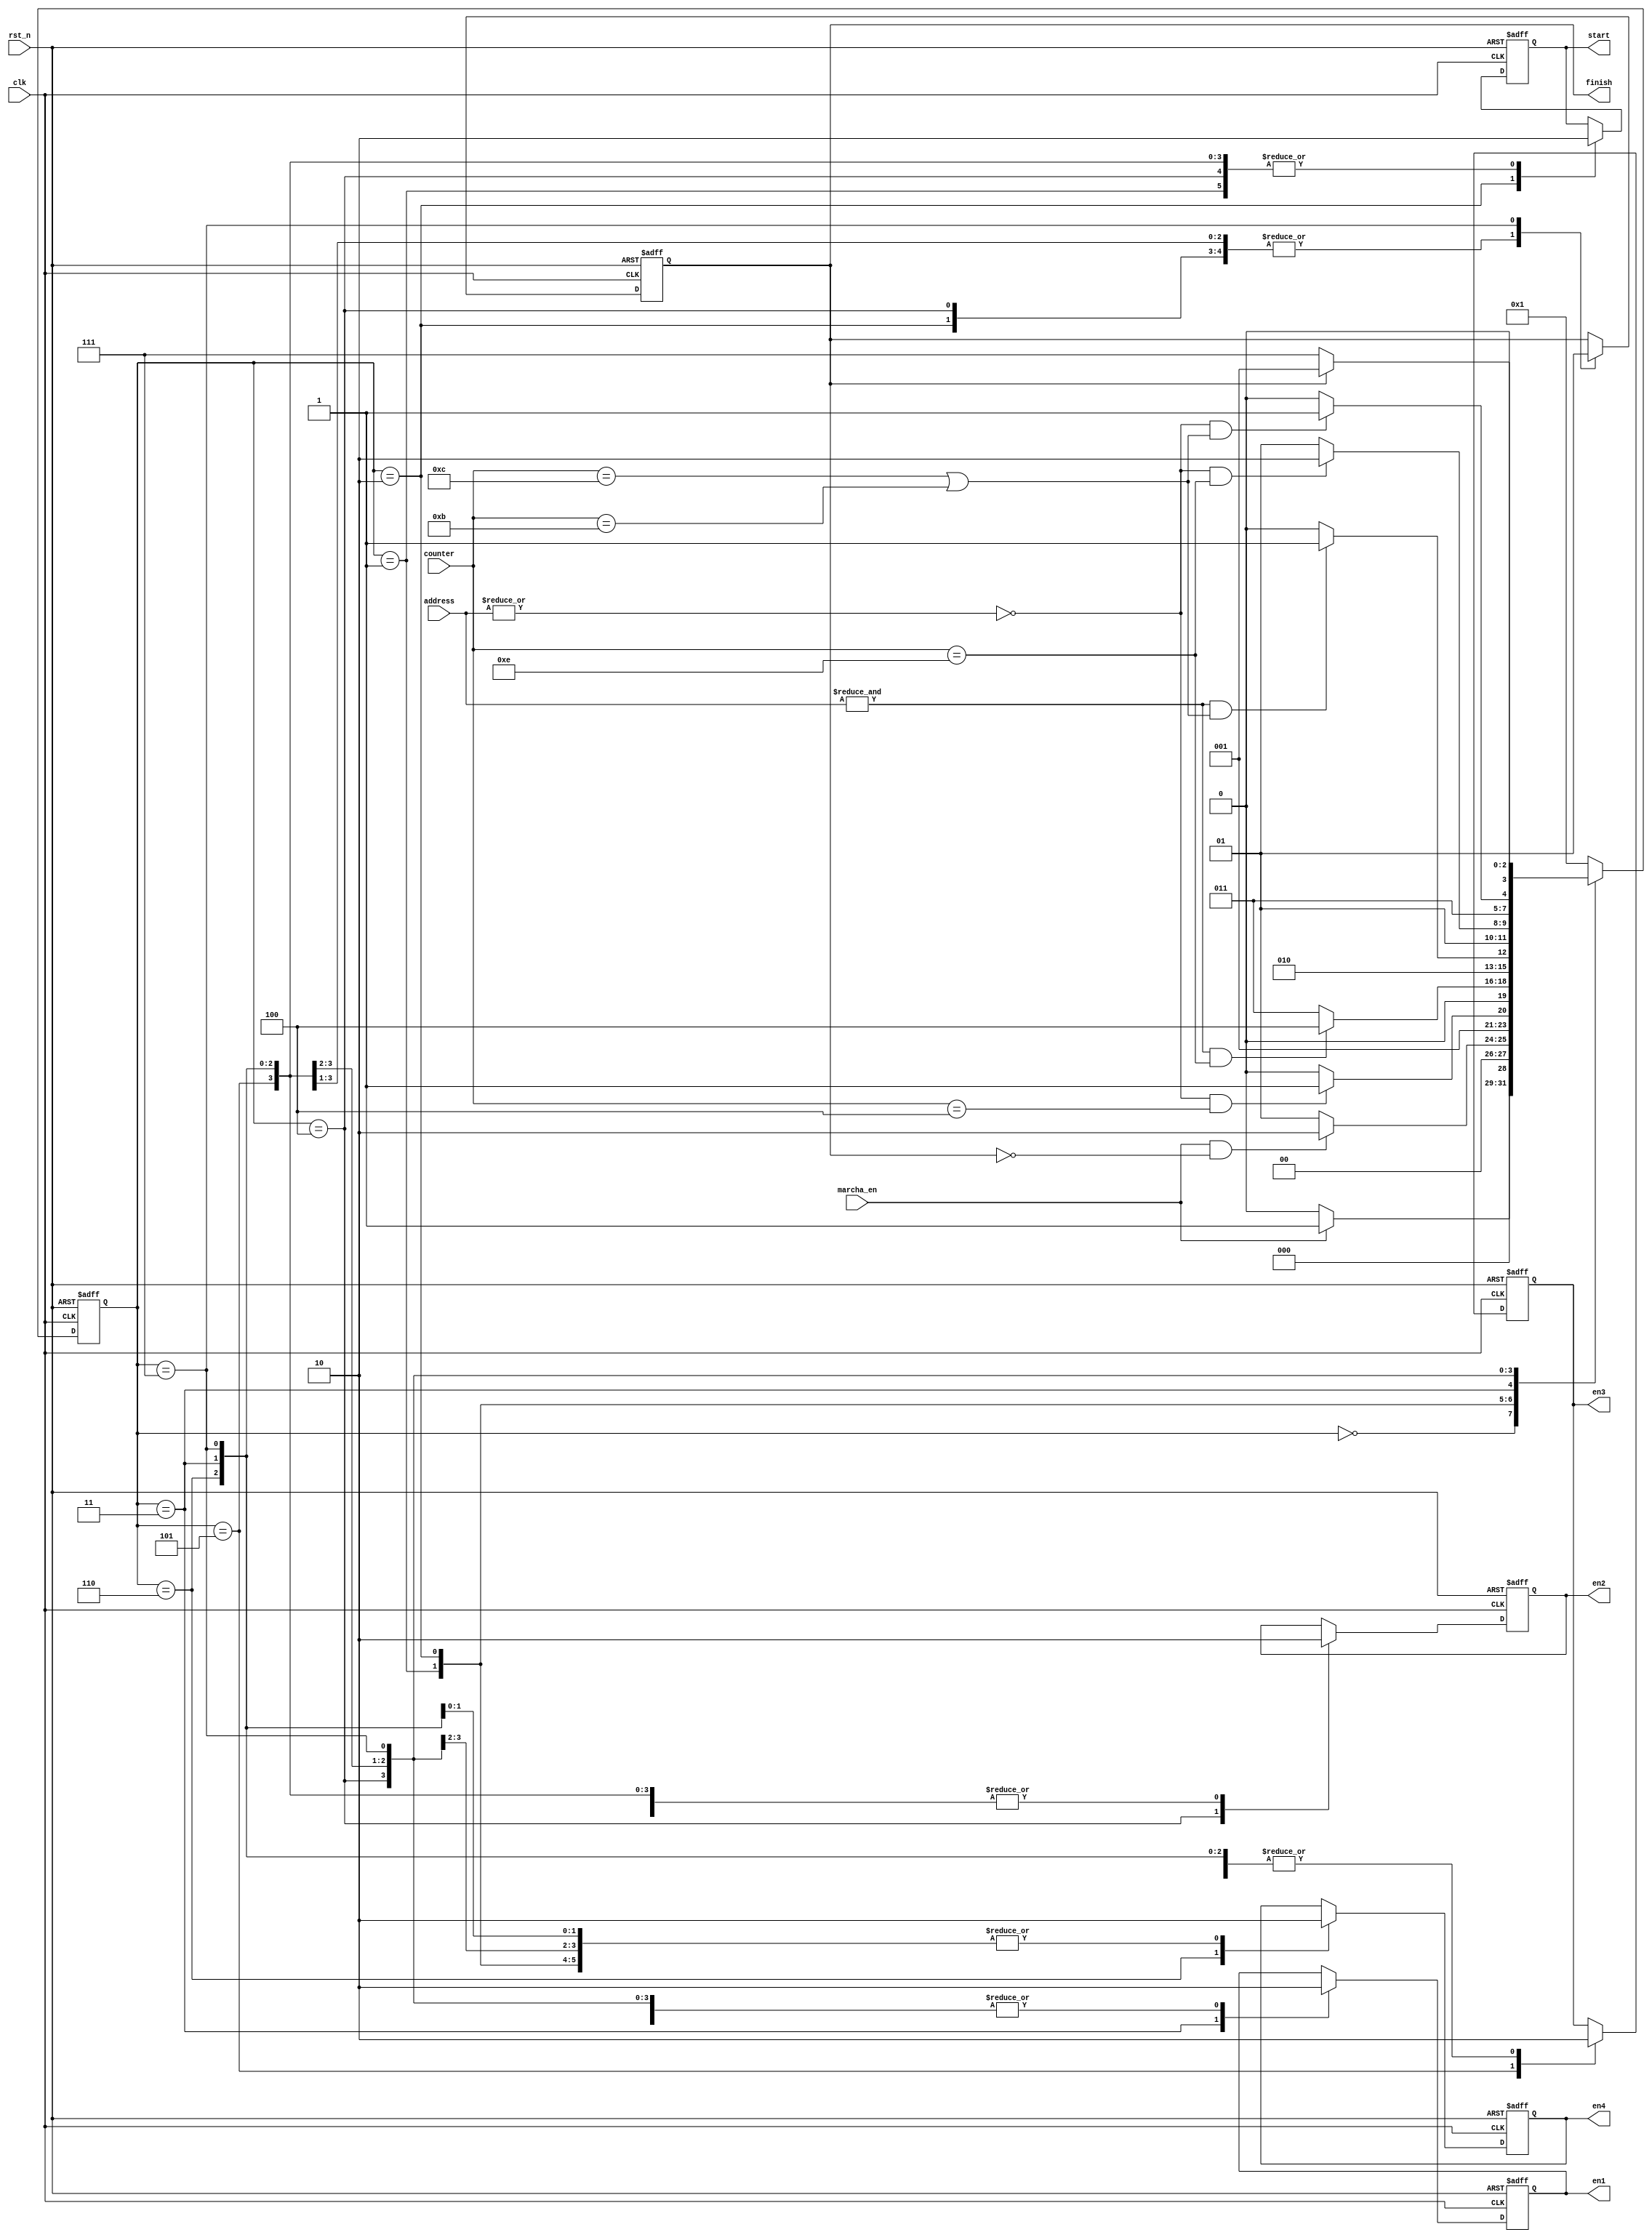
module marcha_controller (clk, rst_n, marcha_en, address, counter,
               start,
               en1,
               en2,
               en3,
               en4,
               finish);

//DEFINE PARAMETER
parameter ADDR_WIDTH = 16;

input clk;
input rst_n;
input marcha_en;
input [ADDR_WIDTH-1:0] address;
input [4:0] counter; 

output start;
output en1;
output en2;
output en3;
output en4;
output finish;

parameter RESET    = 4'b0000;
parameter INITIAL  = 4'b0001;
parameter MARCHC_0 = 4'b0010;
parameter MARCHC_1 = 4'b0011;
parameter MARCHC_2 = 4'b0100;
parameter MARCHC_3 = 4'b0101;
parameter MARCHC_4 = 4'b0110;
parameter FINISH   = 4'b0111;

wire clk;
wire rst_n;
wire marcha_en;
wire [ADDR_WIDTH-1:0] address;
wire [4:0] counter;

reg start;
reg en1;
reg en2;
reg en3;
reg en4;
reg finish;
wire [3:0] marcha_state;
reg [3:0] next_marcha;

//MARCHA STATE MACHINE TO CONTROL
/*always@(posedge clk or negedge rst_n) begin
    if (!rst_n) begin
        marchA_state <= RESET;
    end
    else begin
        marchA_state <= next_marchA;
    end
end*/
assign marcha_state = next_marcha;

//MARCHA STATE MACHINE
always @(posedge clk or negedge rst_n) begin
    if (!rst_n) begin
        next_marcha <= RESET;
    end
    else begin
        case (marcha_state)

        RESET: begin
            if (marcha_en) begin
                next_marcha <= INITIAL;
            end
            else begin
                next_marcha <= RESET;
            end
        end

        INITIAL: begin
            if (marcha_en & (~finish)) begin
                next_marcha <= MARCHC_0;
            end
            else begin
                next_marcha <= INITIAL;
            end
        end

        MARCHC_0: begin
            if ((~|address) & (counter == 5'b00100)) begin    // enable at FFh at cc 4th
                next_marcha <= MARCHC_1;        
            end
            else begin
                if (next_marcha == MARCHC_1) begin
                    next_marcha <= MARCHC_1;
                end
                else begin    
                    next_marcha <= MARCHC_0;
                end
	           end
        end
      
        MARCHC_1: begin
            if ((&address) & (counter == 5'b01110)) begin    // enable at FFh at cc 14th & 15th
                next_marcha <= MARCHC_2;
            end
            else begin
                next_marcha <= MARCHC_1;
            end
        end
      
        MARCHC_2: begin
            if ((&address) & ((counter == 5'b01100) | (counter == 5'b01011))) begin    // enable at FFh at cc 14th & 15th
                next_marcha <= MARCHC_3;
            end
            else begin
                next_marcha <= MARCHC_2;
            end
         end
    
        MARCHC_3: begin
            if ((~|address) & (counter == 5'b01110)) begin   // enable at 00h at cc 14th & 15th
                next_marcha <= MARCHC_4;
            end
            else begin
                next_marcha <= MARCHC_3;
            end
        end
    
        MARCHC_4: begin
            if ((~|address) & ((counter == 5'b01100) | (counter == 5'b01011))) begin   // enable at 00h at cc 11th & 12th
                next_marcha <= FINISH;
            end
            else begin 
                next_marcha <= MARCHC_4;
            end
        end
      
        FINISH: begin
            if (finish) begin
                 next_marcha <= INITIAL;
	          end
	          else begin
	               next_marcha <= FINISH;
	          end
        end

        default: begin
            next_marcha <= INITIAL;
        end
        endcase
    end
end

//MARCHA STATE MACHINE OUT
always @(posedge clk or negedge rst_n) begin
    if (!rst_n) begin
        start <= 1'b0;
        en1 <= 1'b0;
        en2 <= 1'b0;
   	    en3 <= 1'b0;
   	    en4 <= 1'b0;
        finish <= 1'b0;
    end
    else begin
    case (marcha_state)
  	
    INITIAL: begin
        start <= 1'b0;
        en1 <= 1'b0;
        en2 <= 1'b0;
   	    en3 <= 1'b0;
   	    en4 <= 1'b0;
    end

    MARCHC_0: begin
        start <= 1'b1;
        en1 <= 1'b0;
        en2 <= 1'b0;
   	    en3 <= 1'b0;
   	    en4 <= 1'b0;
   	    finish <= 1'b0;
    end
  	
    MARCHC_1: begin
        start <= 1'b0;
        en1 <= 1'b1;
        en2 <= 1'b0;
   	    en3 <= 1'b0;
   	    en4 <= 1'b0;
   	    finish <= 1'b0;
    end
  	
    MARCHC_2: begin
        start <= 1'b0;
        en1 <= 1'b0;
        en2 <= 1'b1;
   	    en3 <= 1'b0;
   	    en4 <= 1'b0;
  	    finish <= 1'b0;
    end
  	
    MARCHC_3: begin
        start <= 1'b0;
        en1 <= 1'b0;
        en2 <= 1'b0;
   	    en3 <= 1'b1;
   	    en4 <= 1'b0;
   	    finish <= 1'b0;
 	   end
  	
    MARCHC_4: begin
        start <= 1'b0;
        en1 <= 1'b0;
        en2 <= 1'b0;
   	    en3 <= 1'b0;
   	    en4 <= 1'b1;
   	    finish <= 1'b0;
    end
  	
    FINISH: begin
        start <= 1'b0;
        en1 <= 1'b0;
        en2 <= 1'b0;
   	    en3 <= 1'b0;
   	    en4 <= 1'b0;
  	    finish <= 1'b1;
    end
  	
    endcase
    end
end

endmodule